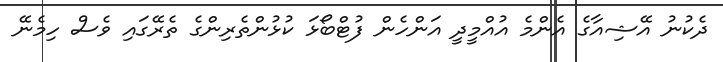
ދެކުނު އޭޝިއާގެ އެންމެ އުއްމީދީ އަންހެން ފުޓްބޯޅަ ކުޅުންތެރިންގެ ތެރޭގައި ވެސް ހިމެނޭ